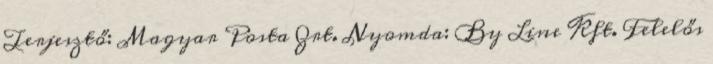
Terjesztő: Magyar Posta Zrt. Nyomda: By Line Kft. Felelős